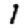
Digit: 1